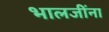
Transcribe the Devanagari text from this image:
भालजींना